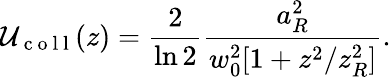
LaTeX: \mathcal{U}_{\mathrm{~c~o~l~l~}}(z)=\frac{2}{\ln 2}\frac{a_{R}^{2}}{w_{0}^{2}[1+z^{2}/z_{R}^{2}]}.